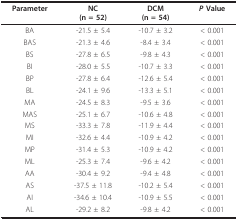
<table><thead><tr><td><b>Parameter</b></td><td><b>NC(n = 52)</b></td><td><b>DCM(n = 54)</b></td><td><b><i>P </i>Value</b></td></tr></thead><tbody><tr><td>BA</td><td>-21.5 ± 5.4</td><td>-10.7 ± 3.2</td><td>&lt; 0.001</td></tr><tr><td>BAS</td><td>-21.3 ± 4.6</td><td>-8.4 ± 3.4</td><td>&lt; 0.001</td></tr><tr><td>BS</td><td>-27.8 ± 6.5</td><td>-9.8 ± 4.3</td><td>&lt; 0.001</td></tr><tr><td>BI</td><td>-28.0 ± 5.5</td><td>-10.7 ± 3.3</td><td>&lt; 0.001</td></tr><tr><td>BP</td><td>-27.8 ± 6.4</td><td>-12.6 ± 5.4</td><td>&lt; 0.001</td></tr><tr><td>BL</td><td>-24.1 ± 9.6</td><td>-13.3 ± 5.1</td><td>&lt; 0.001</td></tr><tr><td>MA</td><td>-24.5 ± 8.3</td><td>-9.5 ± 3.6</td><td>&lt; 0.001</td></tr><tr><td>MAS</td><td>-25.1 ± 6.7</td><td>-10.6 ± 4.8</td><td>&lt; 0.001</td></tr><tr><td>MS</td><td>-33.3 ± 7.8</td><td>-11.9 ± 4.4</td><td>&lt; 0.001</td></tr><tr><td>MI</td><td>-32.6 ± 4.4</td><td>-10.9 ± 4.2</td><td>&lt; 0.001</td></tr><tr><td>MP</td><td>-31.4 ± 5.3</td><td>-10.9 ± 4.2</td><td>&lt; 0.001</td></tr><tr><td>ML</td><td>-25.3 ± 7.4</td><td>-9.6 ± 4.2</td><td>&lt; 0.001</td></tr><tr><td>AA</td><td>-30.4 ± 9.2</td><td>-9.4 ± 4.8</td><td>&lt; 0.001</td></tr><tr><td>AS</td><td>-37.5 ± 11.8</td><td>-10.2 ± 5.4</td><td>&lt; 0.001</td></tr><tr><td>AI</td><td>-34.6 ± 10.4</td><td>-10.9 ± 5.5</td><td>&lt; 0.001</td></tr><tr><td>AL</td><td>-29.2 ± 8.2</td><td>-9.8 ± 4.2</td><td>&lt; 0.001</td></tr></tbody></table>